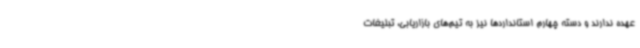
عهده ندارند و دسته چهارم استانداردها نیز به تیم‌های بازاریابی، تبلیغات